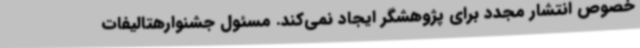
خصوص انتشار مجدد برای پژوهشگر ایجاد نمی‌کند. مسئول جشنوارهتالیفات